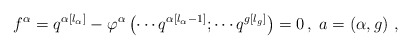
\begin{align*}f^{\alpha }=q^{\alpha \left[ l_{\alpha }\right] }-\varphi ^{\alpha }\left(\cdots q^{\alpha \left[ l_{\alpha }-1\right] };\cdots q^{g\left[ l_{g}\right]}\right) =0\,,\;a=\left( \alpha ,g\right) \,, \end{align*}